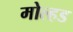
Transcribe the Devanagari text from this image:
मोल्हड